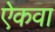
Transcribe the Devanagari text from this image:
ऐकवा